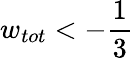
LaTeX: w_{tot}<-\frac{1}{3}